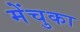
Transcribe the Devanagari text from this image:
मेंचुका